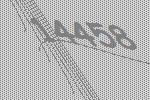
14458